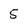
Character: 5